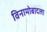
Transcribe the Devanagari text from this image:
विनामोबादला